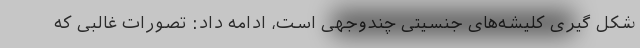
شکل گیری کلیشه‌های جنسیتی چندوجهی است، ادامه داد: تصورات غالبی که